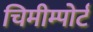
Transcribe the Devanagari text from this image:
चिमीम्पोर्ट